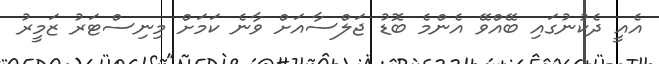
އެއީ ދެކުނުގައި ބޭއްވޭ އެންމެ ބޮޑު ޖަލްސާއަށް ވާނެ ކަމަށް މިނިސްޓަރު ޒަމީރު